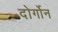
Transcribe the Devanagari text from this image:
दोर्गोन